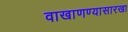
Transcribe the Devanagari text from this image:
वाखाणण्यासारखा